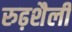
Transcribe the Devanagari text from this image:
रुढ़शैली